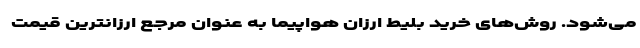
می‌شود. روش‌های خرید بلیط ارزان هواپیما به عنوان مرجع ارزانترین قیمت